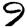
Digit: 9